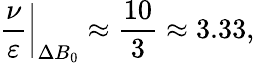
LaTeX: \left.\frac\nu\varepsilon\right\vert_{\Delta B_{0}}\approx\frac{10}{3}\approx 3.33,